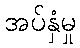
အပ်နှံမှု